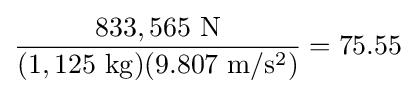
{\frac {833,565\ \mathrm {N} }{(1,125\ \mathrm {kg} )(9.807\ \mathrm {m/s^{2}} )}}=75.55